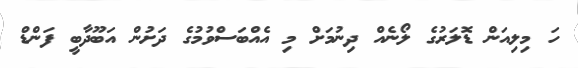
ހަ މިލިއަން ޑޮލަރުގެ ލޯނެއް ދިނުމަށް މި އެއްބަސްވުމުގެ ދަށުން އަބޫދާބީ ފަންްޑް